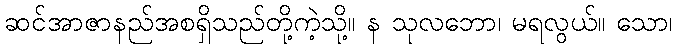
ဆင်အာဇာနည်အစရှိသည်တို့ကဲ့သို့။ န သုလဘော၊ မရလွယ်။ သော၊